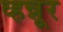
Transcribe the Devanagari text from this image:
व्हन्नूर